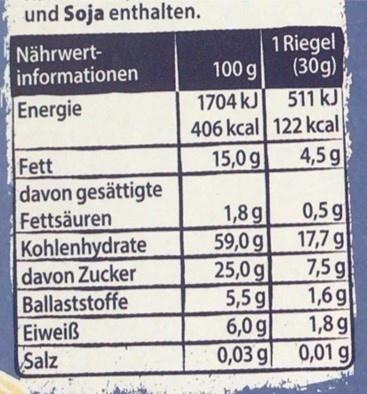
und Soja enthalten.
1 Riegel
Nährwert- informationen
100 g
(30g)
1704 kJ 511 kJ 406 kcal 122 kcal 4,5 g
Energie
Fett
15,0 g
davon gesättigte Fettsäuren Kohlenhydrate davon Zucker Ballaststoffe Eiweiß Salz
0,5 g 17,7 g 7,5 g 1,6g 1,8g 0,01 g
1,8 g
59,0 g 25,0 g 5,5 g
6,0 g
0,03 g